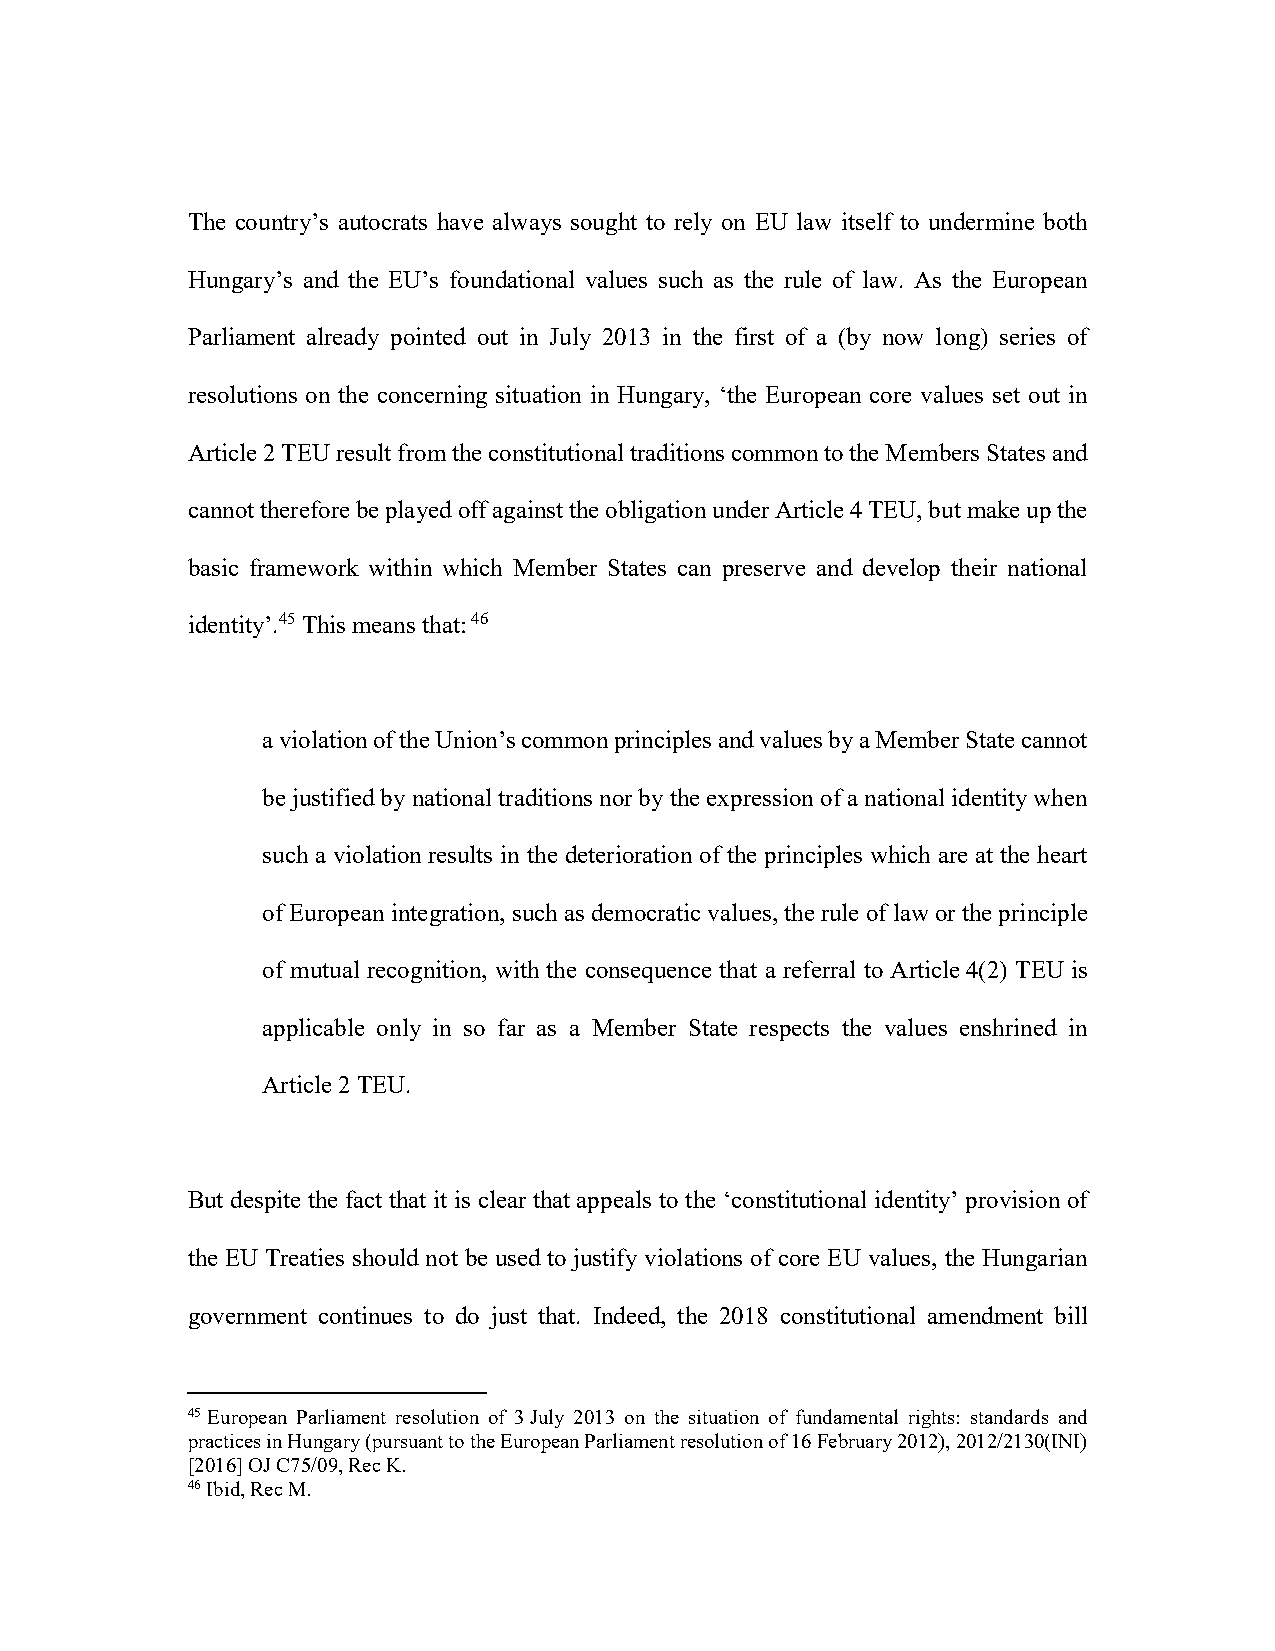
The country’s autocrats have always sought to rely on EU law itself to undermine both
 Hungary’s and the EU’s foundational values such as the rule of law. As the European
 Parliament already pointed out in July 2013 in the first of a (by now long) series of
 resolutions on the concerning situation in Hungary, ‘the European core values set out in
 Article 2 TEU result from the constitutional traditions common to the Members States and
 cannot therefore be played off against the obligation under Article 4 TEU, but make up the
 basic framework within which Member States can preserve and develop their national
 identity’.45 This means that: 46
 a violation of the Union’s common principles and values by a Member State cannot
 be justified by national traditions nor by the expression of a national identity when
 such a violation results in the deterioration of the principles which are at the heart
 of European integration, such as democratic values, the rule of law or the principle
 of mutual recognition, with the consequence that a referral to Article 4(2) TEU is
 applicable only in so far as a Member State respects the values enshrined in
 Article 2 TEU.
 But despite the fact that it is clear that appeals to the ‘constitutional identity’ provision of
 the EU Treaties should not be used to justify violations of core EU values, the Hungarian
 government continues to do just that. Indeed, the 2018 constitutional amendment bill
 45 European Parliament resolution of 3 July 2013 on the situation of fundamental rights: standards and
 practices in Hungary (pursuant to the European Parliament resolution of 16 February 2012), 2012/2130(INI)
 [2016] OJ C75/09, Rec K.
 46 Ibid, Rec M.